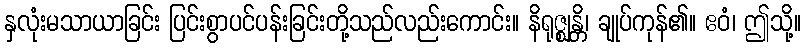
နှလုံးမသာယာခြင်း ပြင်းစွာပင်ပန်းခြင်းတို့သည်လည်းကောင်း။ နိရုဇ္ဈန္တိ၊ ချုပ်ကုန်၏။ ဧဝံ၊ ဤသို့။